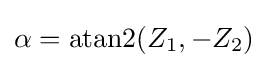
\alpha =\operatorname {atan2} (Z_{1},-Z_{2})